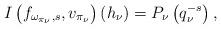
LaTeX: \begin{align*}I\left(f_{\omega_{\pi_\nu},s},v_{\pi_{\nu}}\right)(h_\nu)=P_\nu\left(q_\nu^{-s}\right),\end{align*}